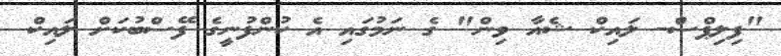
"ފިލިޕްސް- ލައިކް ޝެއާ ވިން" ގެ ނަމުގައި އެ ކުންފުނީގެ ފޭސްބުކަށް ލައިކް